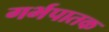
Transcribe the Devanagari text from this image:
गर्भपातक